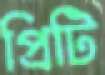
প্রিটি